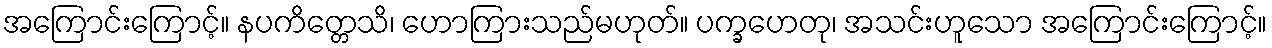
အကြောင်းကြောင့်။ နပကိတ္တေသိ၊ ဟောကြားသည်မဟုတ်။ ပက္ခဟေတု၊ အသင်းဟူသော အကြောင်းကြောင့်။